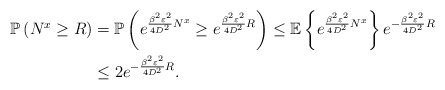
\begin{align*} \mathbb{P}\left(N^{x}\geq R\right)&=\mathbb{P}\left( e^{\frac{\beta^2\varepsilon^2}{4D^2}N^{x}}\geq e^{\frac{\beta^2\varepsilon^2}{4D^2}R} \right) \leq \mathbb{E}\left\{e^{\frac{\beta^2\varepsilon^2}{4D^2}N^{x}}\right\}e^{-\frac{\beta^2\varepsilon^2}{4D^2}R} \\ &\leq 2 e^{-\frac{\beta^2\varepsilon^2}{4D^2}R}.\end{align*}